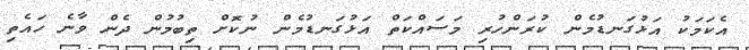
އެކަމަކު އަޅުގަނޑުމެން ކުރަންހުރި މަސައްކަތް އަޅުގަނޑުމެން ނުކޮށް ތިބުމުން ދެން ވާނެ ހައެތި